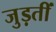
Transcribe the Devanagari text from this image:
जुड़तीं